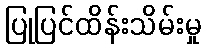
ပြုပြင်ထိန်းသိမ်းမှု